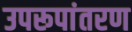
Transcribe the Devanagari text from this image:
उपरूपांतरण